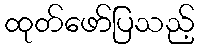
ထုတ်ဖော်ပြသည့်